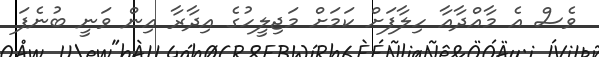
ވެސް އެ މާއްދާއާ ހިލާފަށް ކަމަށް މަޖިލީހުގެ އިދާރާ އިން ވަނީ ބުނެފަ